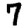
Digit: 7